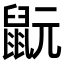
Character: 𪕀